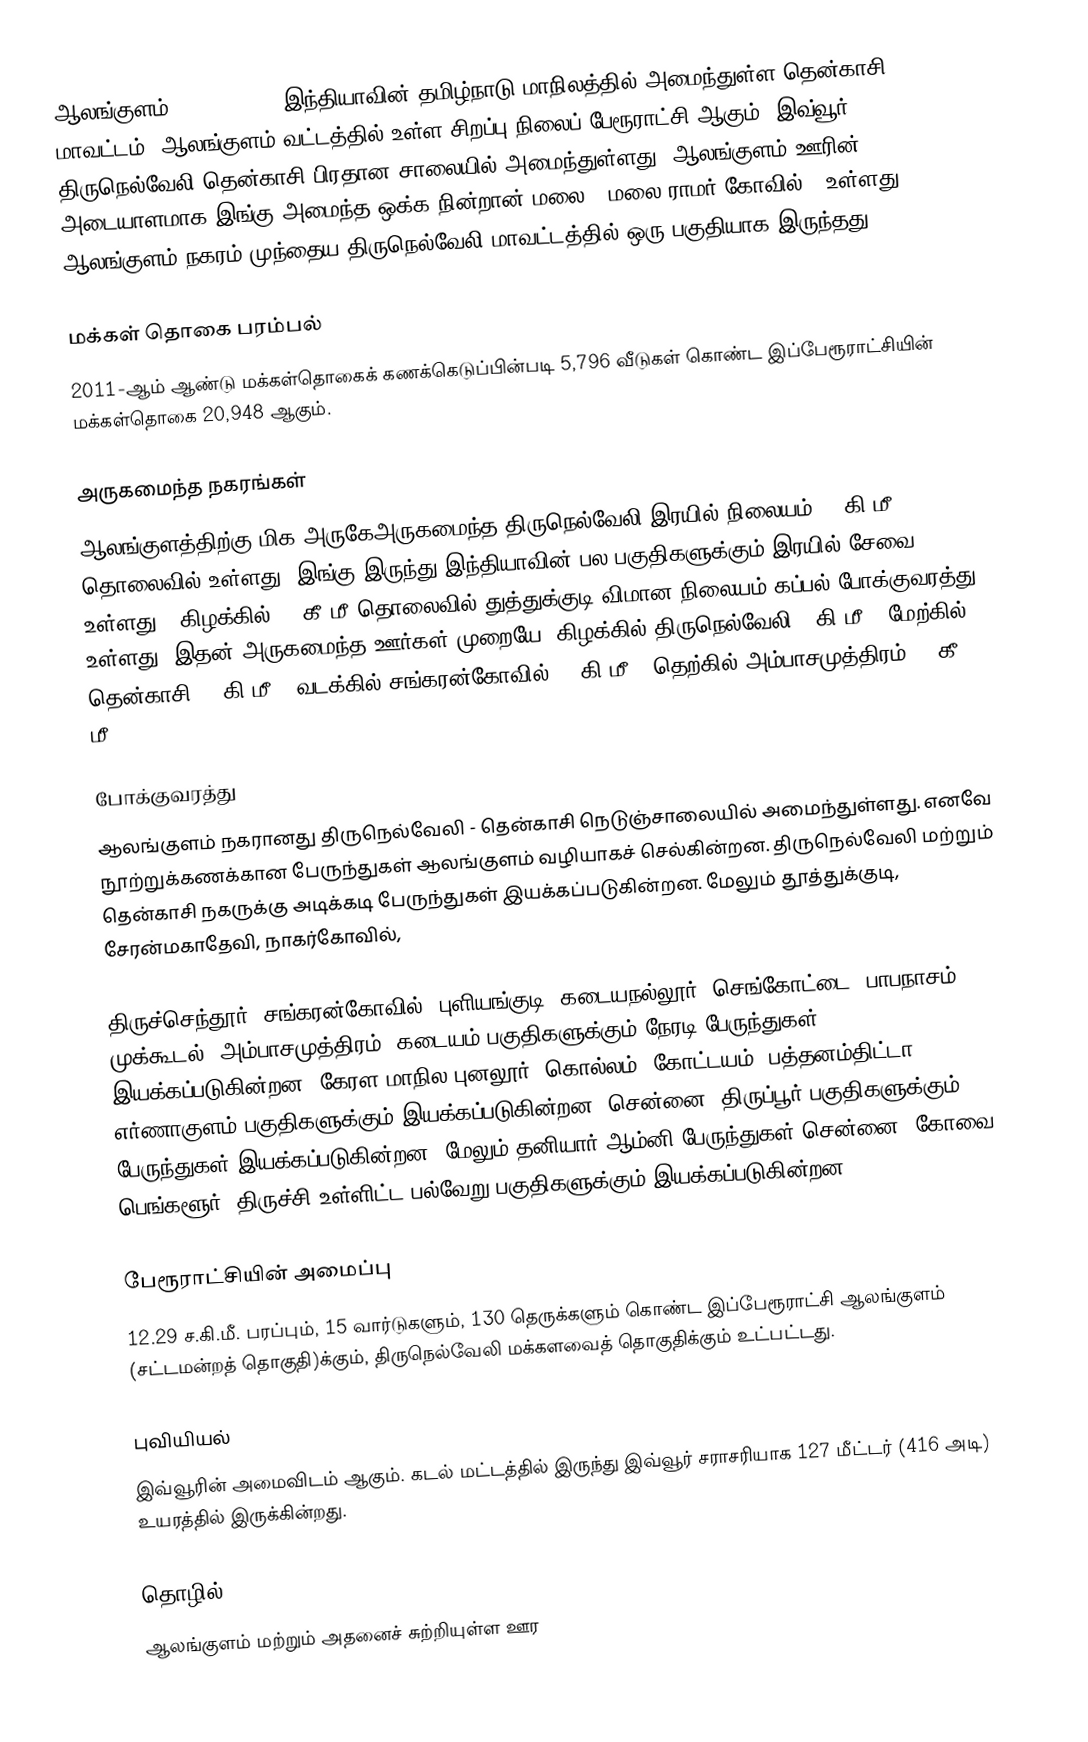
ஆலங்குளம் (Alangulam), இந்தியாவின் தமிழ்நாடு மாநிலத்தில் அமைந்துள்ள தென்காசி மாவட்டம், ஆலங்குளம் வட்டத்தில் உள்ள சிறப்பு நிலைப் பேரூராட்சி ஆகும். இவ்வூர் திருநெல்வேலி தென்காசி பிரதான சாலையில் அமைந்துள்ளது. ஆலங்குளம் ஊரின் அடையாளமாக இங்கு அமைந்த ஒக்க நின்றான் மலை ( மலை ராமர் கோவில் ) உள்ளது. ஆலங்குளம் நகரம் முந்தைய திருநெல்வேலி மாவட்டத்தில் ஒரு பகுதியாக இருந்தது.

மக்கள் தொகை பரம்பல்
2011-ஆம் ஆண்டு மக்கள்தொகைக் கணக்கெடுப்பின்படி 5,796 வீடுகள் கொண்ட இப்பேரூராட்சியின் மக்கள்தொகை 20,948  ஆகும்.

அருகமைந்த நகரங்கள்
ஆலங்குளத்திற்கு மிக அருகேஅருகமைந்த திருநெல்வேலி இரயில் நிலையம் 30 கி.மீ. தொலைவில் உள்ளது. இங்கு இருந்து இந்தியாவின் பல பகுதிகளுக்கும் இரயில் சேவை உள்ளது . கிழக்கில் 80 கீ மீ தொலைவில் துத்துக்குடி விமான நிலையம் கப்பல் போக்குவரத்து உள்ளது. இதன் அருகமைந்த ஊர்கள் முறையே: கிழக்கில் திருநெல்வேலி 30கி.மீ.;  மேற்கில் தென்காசி 24 கி.மீ.; வடக்கில் சங்கரன்கோவில் 48 கி.மீ.; தெற்கில் அம்பாசமுத்திரம் 20 கீ மீ.

போக்குவரத்து
ஆலங்குளம் நகரானது திருநெல்வேலி - தென்காசி நெடுஞ்சாலையில் அமைந்துள்ளது. எனவே நூற்றுக்கணக்கான பேருந்துகள் ஆலங்குளம் வழியாகச் செல்கின்றன. திருநெல்வேலி மற்றும் தென்காசி நகருக்கு அடிக்கடி பேருந்துகள் இயக்கப்படுகின்றன. மேலும் தூத்துக்குடி, சேரன்மகாதேவி, நாகர்கோவில்,

திருச்செந்தூர், சங்கரன்கோவில், புளியங்குடி, கடையநல்லூர், செங்கோட்டை, பாபநாசம், முக்கூடல், அம்பாசமுத்திரம், கடையம் பகுதிகளுக்கும் நேரடி பேருந்துகள் இயக்கப்படுகின்றன. கேரள மாநில புனலூர், கொல்லம், கோட்டயம், பத்தனம்திட்டா, எர்ணாகுளம் பகுதிகளுக்கும் இயக்கப்படுகின்றன. சென்னை, திருப்பூர் பகுதிகளுக்கும் பேருந்துகள் இயக்கப்படுகின்றன. மேலும் தனியார் ஆம்னி பேருந்துகள் சென்னை, கோவை, பெங்களூர், திருச்சி உள்ளிட்ட பல்வேறு பகுதிகளுக்கும் இயக்கப்படுகின்றன.

பேரூராட்சியின் அமைப்பு
12.29 ச.கி.மீ. பரப்பும், 15 வார்டுகளும், 130 தெருக்களும் கொண்ட இப்பேரூராட்சி  ஆலங்குளம் (சட்டமன்றத் தொகுதி)க்கும், திருநெல்வேலி மக்களவைத் தொகுதிக்கும் உட்பட்டது.

புவியியல்
இவ்வூரின் அமைவிடம்  ஆகும். கடல் மட்டத்தில் இருந்து இவ்வூர் சராசரியாக 127 மீட்டர் (416 அடி) உயரத்தில் இருக்கின்றது.

தொழில்
ஆலங்குளம் மற்றும் அதனைச் சுற்றியுள்ள ஊர